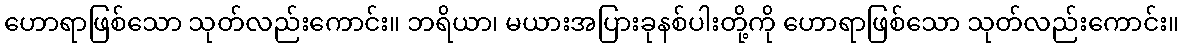
ဟောရာဖြစ်သော သုတ်လည်းကောင်း။ ဘရိယာ၊ မယားအပြားခုနစ်ပါးတို့ကို ဟောရာဖြစ်သော သုတ်လည်းကောင်း။